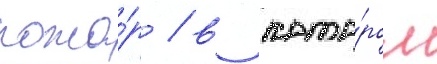
пожа́р / в кото́ром